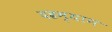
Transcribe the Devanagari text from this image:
दह्रम्यान